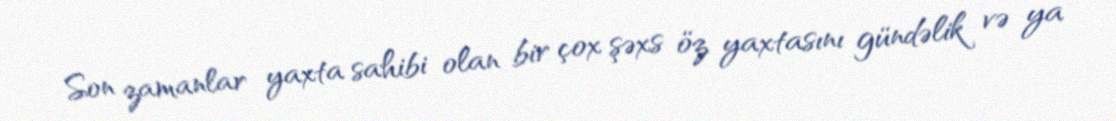
Son zamanlar yaxta sahibi olan bir çox şəxs öz yaxtasını gündəlik və ya